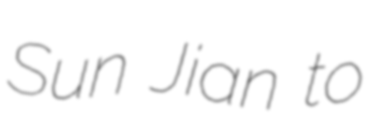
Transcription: Sun Jian to